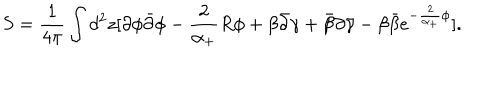
LaTeX: S = \frac 1 { 4 \pi } \int d ^ { 2 } z [ \partial \phi \bar { \partial } \phi - \frac 2 { \alpha _ { + } } R \phi + \beta \bar { \partial } \gamma + \bar { \beta } \partial \bar { \gamma } - \beta \bar { \beta } e ^ { - \frac 2 { \alpha _ { + } } \phi } ] .